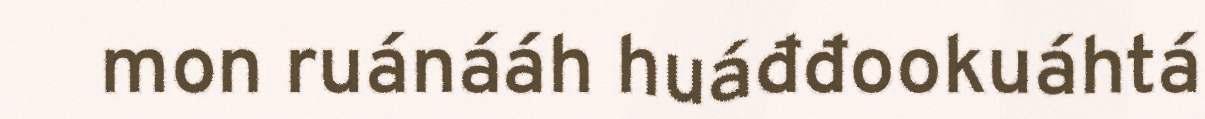
mon ruánááh huáđđookuáhtá